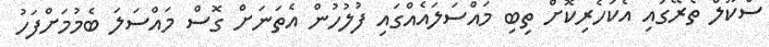
ސްކޫލް ތެރޭގައި އެކަހެރިކޮށް ތިބި މައްސަލައެއްގައި ފުލުހުން އެތަނަށް ގޮސް މައްސަލަ ބެމުމަށްފަހު